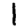
Digit: 1